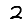
Digit: 2